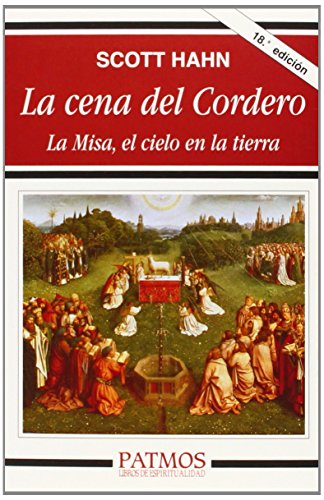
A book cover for La Cena del Cordero (Spanish Edition); Scott Hahn; Christian Books & Bibles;